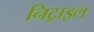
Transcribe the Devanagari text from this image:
निट्राइल